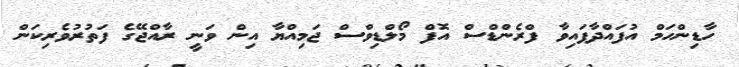
ހާޑިންހަމް އުފައްދާފައިވާ ފްރެންޑްސް އޮފް މޯލްޑިވްސް ޖަމިއްޔާ އިން ވަނީ ރާއްޖޭގެ ފަތުރުވެރިކަން